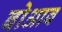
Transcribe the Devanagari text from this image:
बोआब